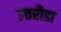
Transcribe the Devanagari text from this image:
उत्तरौडा